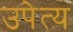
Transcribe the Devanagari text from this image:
उपेत्य